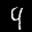
Label: 4